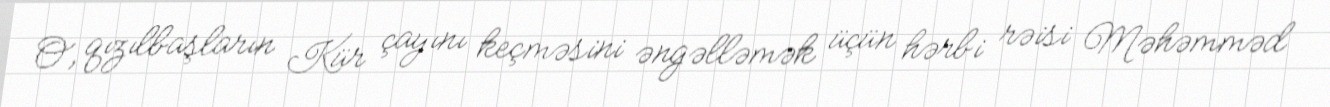
O, qızılbaşların Kür çayını keçməsini əngəlləmək üçün hərbi rəisi Məhəmməd